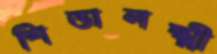
শিভালক্ষ্মী